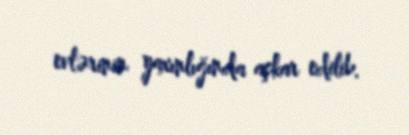
evlərinin yaxınlığında aşkar edilib.